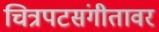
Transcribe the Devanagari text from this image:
चित्रपटसंगीतावर